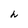
Character: h